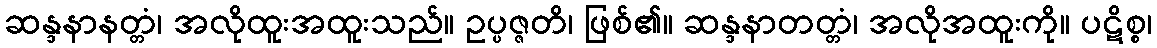
ဆန္ဒနာနတ္တံ၊ အလိုထူးအထူးသည်။ ဥပ္ပဇ္ဇတိ၊ ဖြစ်၏။ ဆန္ဒနာတတ္တံ၊ အလိုအထူးကို။ ပဋိစ္စ၊